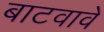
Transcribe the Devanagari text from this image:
बाटवावे